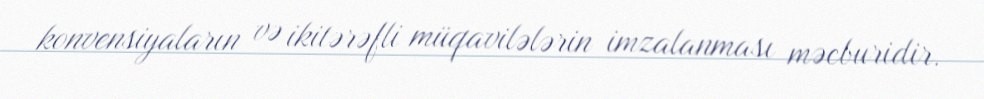
konvensiyaların və ikitərəfli müqavilələrin imzalanması məcburidir.